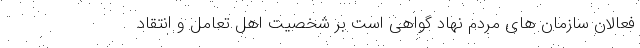
فعالان سازمان های مردم نهاد گواهی است بر شخصیت اهل تعامل و انتقاد